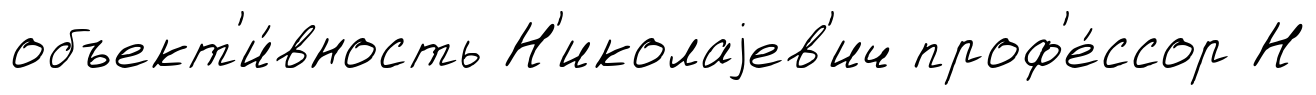
объект'и́вность Н'иколаjев'ич проф'е́ссор Н